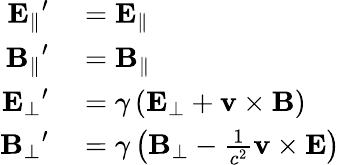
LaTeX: \begin{array}{rl}{\mathbf{E_{\parallel}}^{\prime}}&{{}=\mathbf{E_{\parallel}}}\\ {\mathbf{B_{\parallel}}^{\prime}}&{{}=\mathbf{B_{\parallel}}}\\ {\mathbf{E_{\bot}}^{\prime}}&{{}=\gamma\left(\mathbf{E}_{\bot}+\mathbf{v}\times\mathbf{B}\right)}\\ {\mathbf{B_{\bot}}^{\prime}}&{{}=\gamma\left(\mathbf{B}_{\bot}-{\frac{1}{c^{2}}}\mathbf{v}\times\mathbf{E}\right)}\end{array}